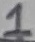
Text: 1